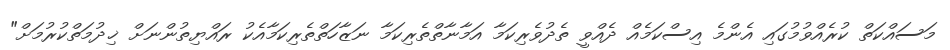
މަސައްކަތް ކުރެއްވުމުގައި އެންމެ އިސްކަމެއް ދެއްވީ ތެދުވެރިކަމާ އަމާނާތްތެރިކަމާ ނަޒާހަތްތެރިކަމާއެކު ރައްޔިތުންނަށް ޚިދުމަތްކުރުމަށް"